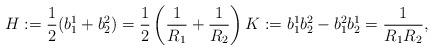
LaTeX: \begin{align*}H:=\frac{1}{2}(b_1^1+b_2^2)=\frac{1}{2}\left(\frac{1}{R_1}+\frac{1}{R_2}\right) K:=b_1^1b_2^2-b_1^2b_2^1=\frac{1}{R_1R_2},\end{align*}